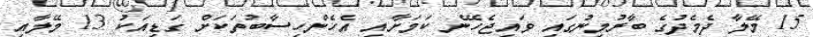
15 މޭލާ ދެމެދުގެ ބާރުމިނުގައި ވައިޖެހޭނެ ކަމަށާއި އެހެންހިސާބުތަކަށް ގަޑިއަކު 13 މޭލާއި